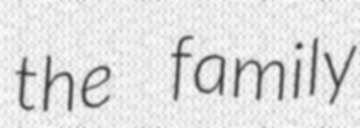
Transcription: the family